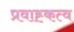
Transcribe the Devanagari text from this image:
प्रवाह्कत्व